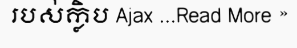
របស់ក្លិប Ajax ...Read More »